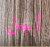
أجل